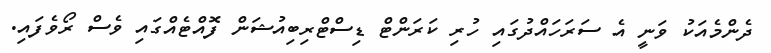
ދެންމެއަކު ވަނީ އެ ސަރަހައްދުގައި ހުރި ކަރަންޓް ޑިސްޓްރިބިއުޝަން ފޮއްޓެއްގައި ވެސް ރޯވެފައި.